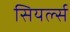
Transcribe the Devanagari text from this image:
सियर्ल्स